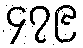
၄၇၉